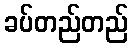
ခပ်တည်တည်